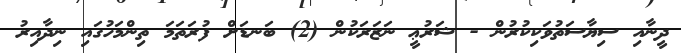
ދީނާއި ސިޔާސަތުވަކިކުރުން - ޝަރުޢީ ނަޒަރަކުން (2) ބަނޑަށް ފުރަތަމަ ތިންމަހުގައި ނިދާއިރު